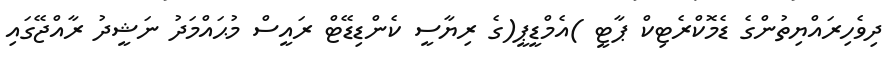
ދިވެހިރައްޔިތުންގެ ޑެމޮކްރެޓިކް ޕާޓީ )އެމްޑީޕީ(ގެ ރިޔާސީ ކެންޑިޑޭޓް ރައީސް މުޙައްމަދު ނަޝީދު ރާއްޖޭގައި